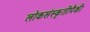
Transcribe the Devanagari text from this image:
लोकसंस्कृतीपैकी